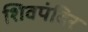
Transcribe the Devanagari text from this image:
शिवपंदिर